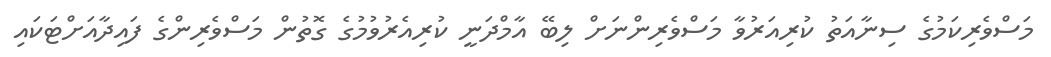
މަސްވެރިކަމުގެ ސިނާއަތު ކުރިއަރުވާ މަސްވެރިންނަށް ލިބޭ އާމްދަނީ ކުރިއެރުވުމުގެ ގޮތުން މަސްވެރިންގެ ފައިދާއަށްޓަކައި